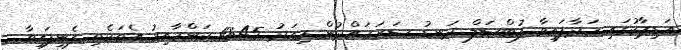
އަޑިޕާކުގައި ހަދާފައިވާ ފުޓްސަލް ދަނޑު ސަރަހައްދުން މިއަދު 10:45 ކަންހާއިރު އެތަކެތި ފެނިފައިވާ